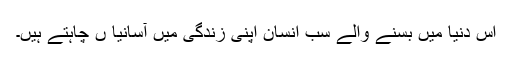
اس دنیا میں بسنے والے سب انسان اپنی زندگی میں آسانیا ں چاہتے ہیں۔